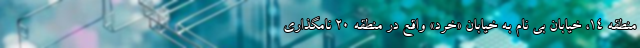
منطقه ۱۴، خیابان بی نام به خیابان «خرد» واقع در منطقه ۲۰ نامگذاری